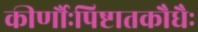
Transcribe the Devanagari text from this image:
कीर्णौःपिष्टातकौधैः